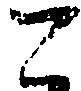
こ